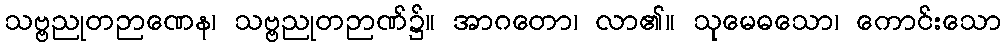
သဗ္ဗညုတဉာဏေန၊ သဗ္ဗညုတဉာဏ်၌။ အာဂတော၊ လာ၏။ သုမေဓသော၊ ကောင်းသော